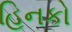
હિનકો